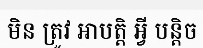
មិន ត្រូវ អាបត្តិ អ្វី បន្តិច